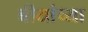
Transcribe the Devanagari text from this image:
बीयांच्या